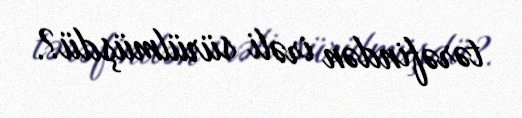
tərəfindən irəli sürülmüşdü?.